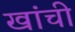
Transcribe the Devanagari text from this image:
खांची